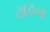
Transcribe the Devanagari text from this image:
दोस्तियों